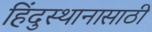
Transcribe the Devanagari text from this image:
हिंदुस्थानासाठी